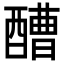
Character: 醩